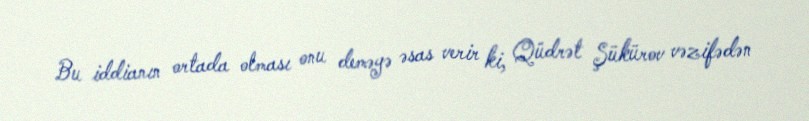
Bu iddianın ortada olması onu deməyə əsas verir ki, Qüdrət Şükürov vəzifədən